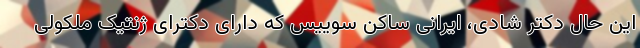
این حال دکتر شادی، ایرانی ساکن سوییس که دارای دکترای ژنتیک ملکولی